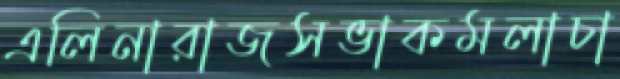
এলিনারাজসভাকমলাচা